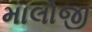
માલોજી